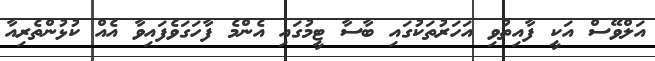
އަލްވޭސް އަކީ ފާއިތުވި އަހަރުތަކުގައި ބާސާ ޓީމުގައި އެންމެ ފާހަގަވެފައިވާ އެއް ކުޅުންތެރިއާ